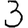
Digit: 3